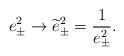
LaTeX: \begin{align*}e_{\pm}^{2}\rightarrow \widetilde{e}_{\pm}^{2}=\frac{1}{e_{\pm}^{2}}.\end{align*}